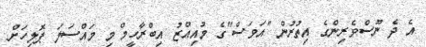
އެ ދެ ނޫސްވެރިންގެ އިތުރުން "އަވަސް"ގެ މުއިއްޒު އިބްރާހީމް މި މައްސަލަ ޕޮލިހަށް